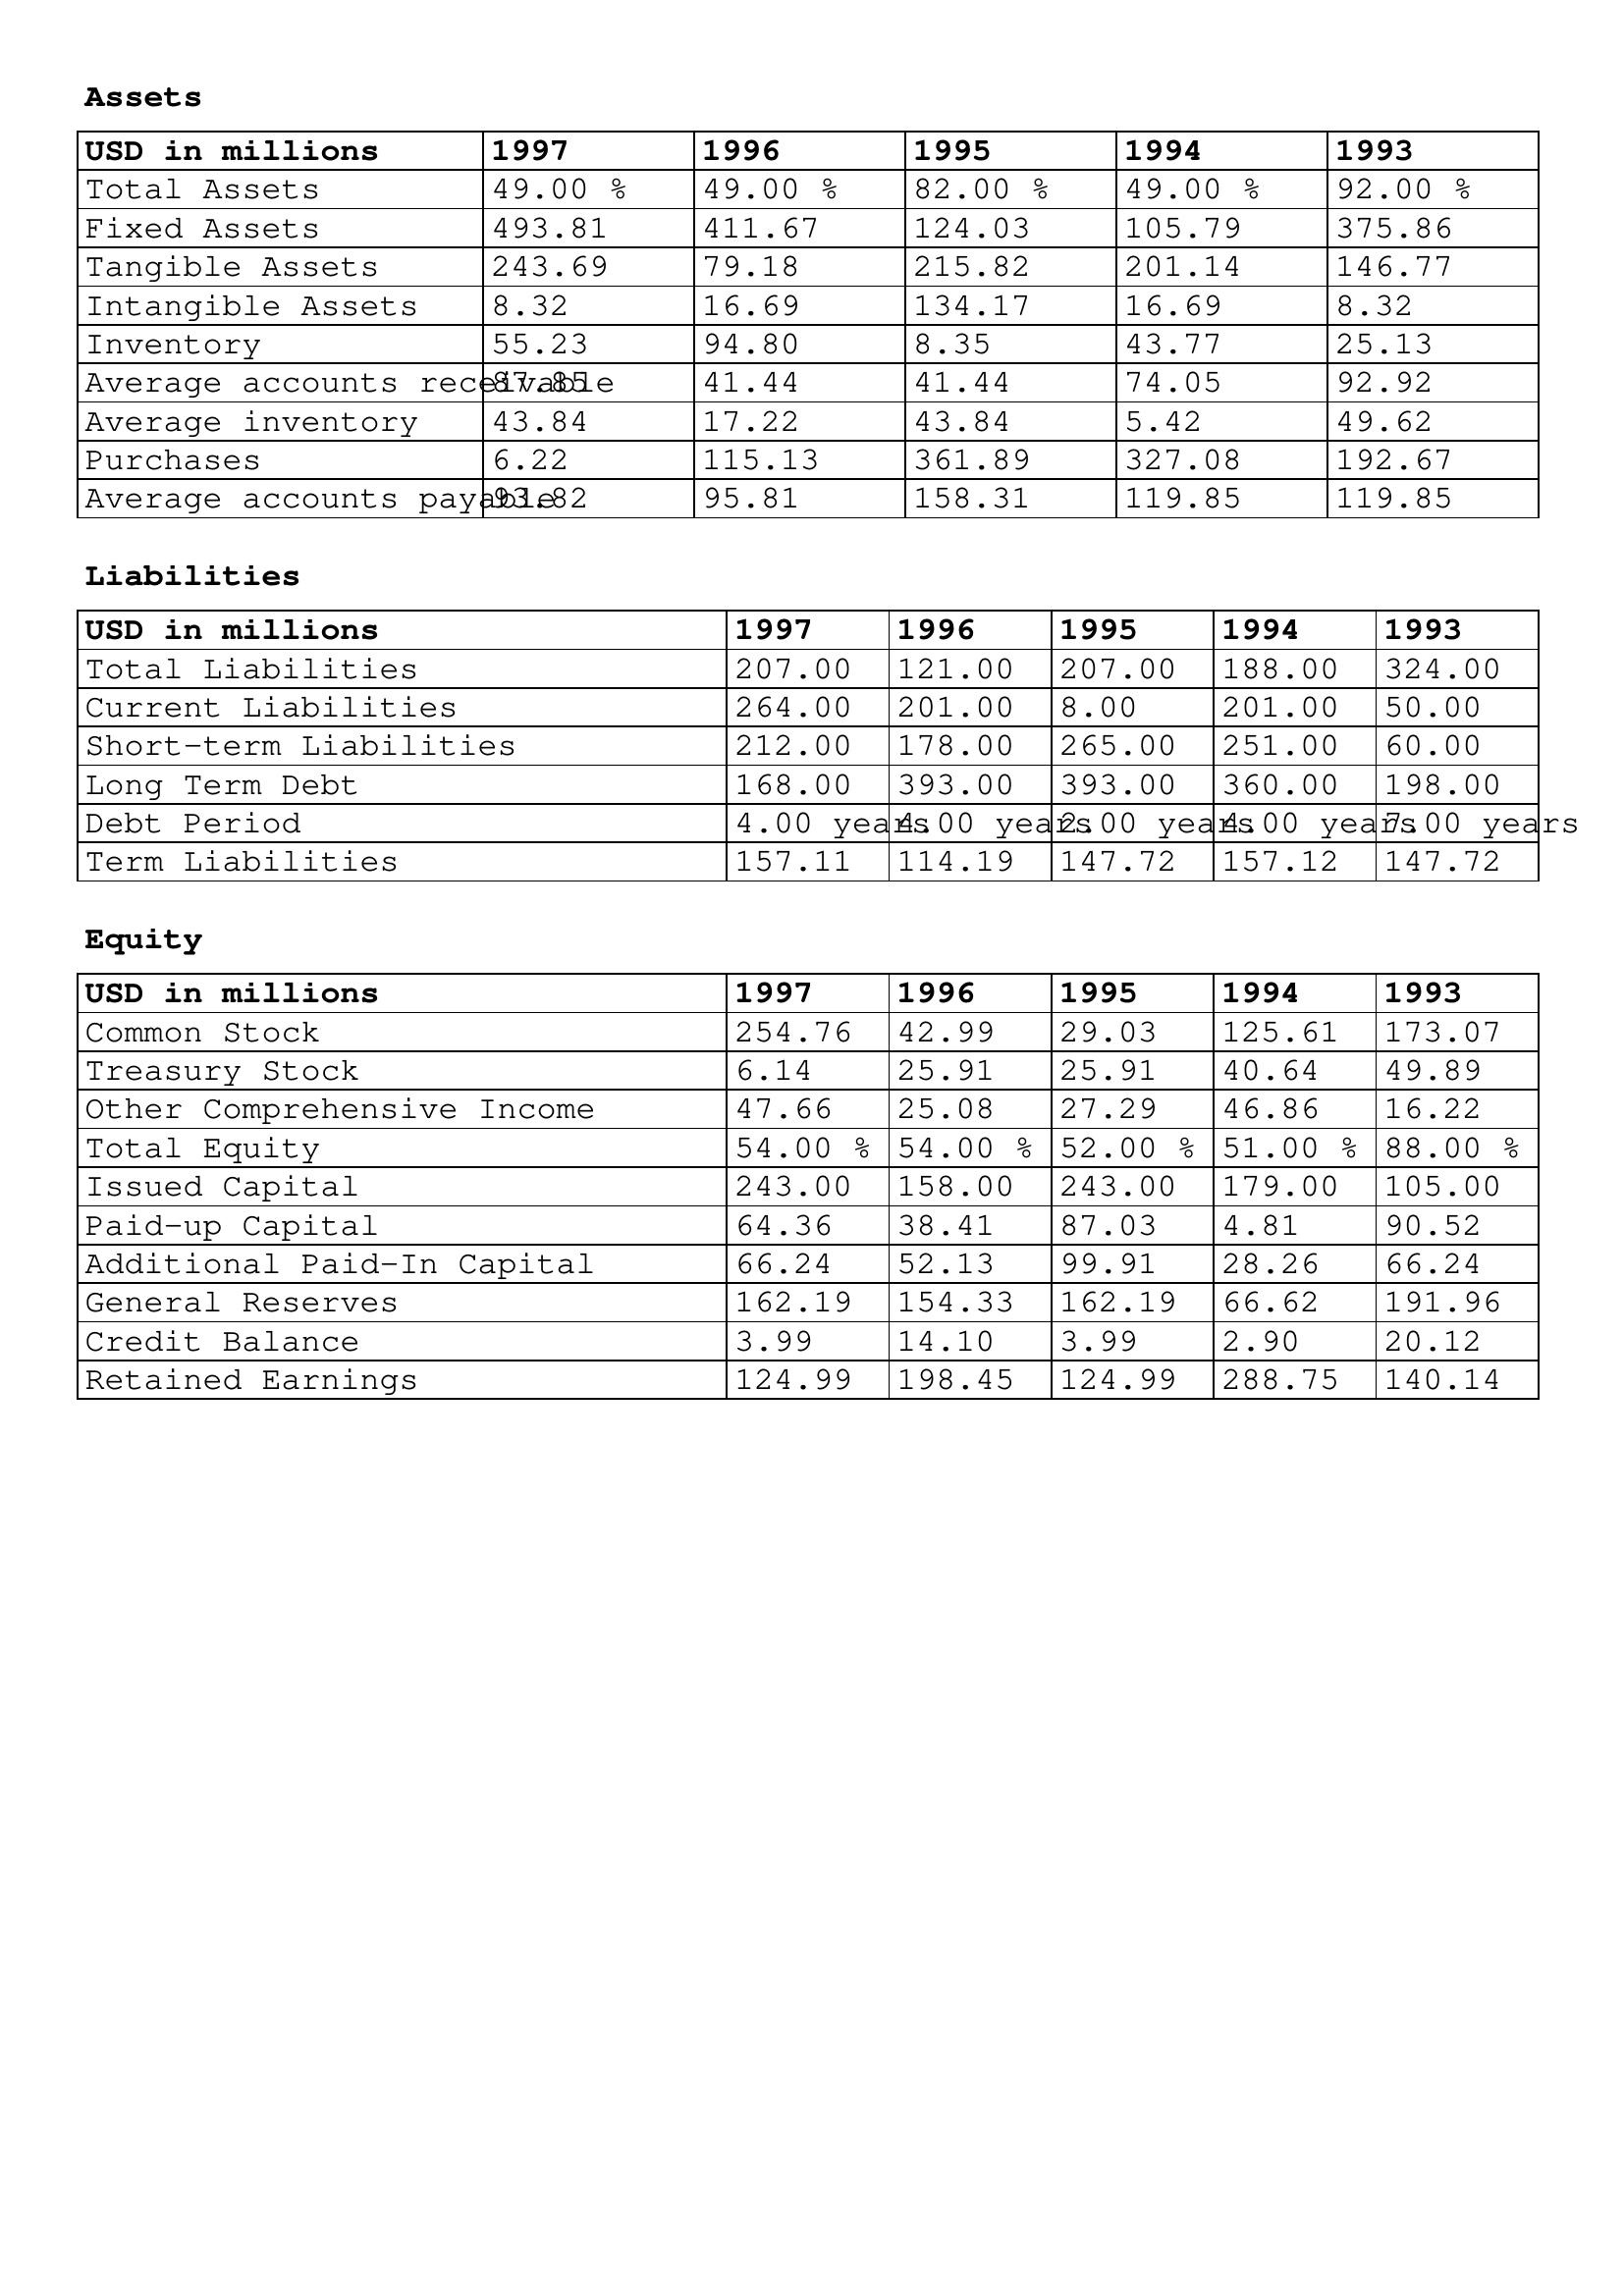
gt_parse: 1997: Assets: Total Assets: 49.00 %
Fixed Assets: 493.81
Tangible Assets: 243.69
Intangible Assets: 8.32
Inventory: 55.23
Average accounts receivable: 87.85
Average inventory: 43.84
Purchases: 6.22
Average accounts payable: 93.82
Liabilities: Total Liabilities: 207.00
Current Liabilities: 264.00
Short-term Liabilities: 212.00
Long Term Debt: 168.00
Debt Period: 4.00 years
Term Liabilities: 157.11
Equity: Common Stock: 254.76
Treasury Stock: 6.14
Other Comprehensive Income: 47.66
Total Equity: 54.00 %
Issued Capital: 243.00
Paid-up Capital: 64.36
Additional Paid-In Capital: 66.24
General Reserves: 162.19
Credit Balance: 3.99
Retained Earnings: 124.99
1996: Assets: Total Assets: 49.00 %
Fixed Assets: 411.67
Tangible Assets: 79.18
Intangible Assets: 16.69
Inventory: 94.80
Average accounts receivable: 41.44
Average inventory: 17.22
Purchases: 115.13
Average accounts payable: 95.81
Liabilities: Total Liabilities: 121.00
Current Liabilities: 201.00
Short-term Liabilities: 178.00
Long Term Debt: 393.00
Debt Period: 4.00 years
Term Liabilities: 114.19
Equity: Common Stock: 42.99
Treasury Stock: 25.91
Other Comprehensive Income: 25.08
Total Equity: 54.00 %
Issued Capital: 158.00
Paid-up Capital: 38.41
Additional Paid-In Capital: 52.13
General Reserves: 154.33
Credit Balance: 14.10
Retained Earnings: 198.45
1995: Assets: Total Assets: 82.00 %
Fixed Assets: 124.03
Tangible Assets: 215.82
Intangible Assets: 134.17
Inventory: 8.35
Average accounts receivable: 41.44
Average inventory: 43.84
Purchases: 361.89
Average accounts payable: 158.31
Liabilities: Total Liabilities: 207.00
Current Liabilities: 8.00
Short-term Liabilities: 265.00
Long Term Debt: 393.00
Debt Period: 2.00 years
Term Liabilities: 147.72
Equity: Common Stock: 29.03
Treasury Stock: 25.91
Other Comprehensive Income: 27.29
Total Equity: 52.00 %
Issued Capital: 243.00
Paid-up Capital: 87.03
Additional Paid-In Capital: 99.91
General Reserves: 162.19
Credit Balance: 3.99
Retained Earnings: 124.99
1994: Assets: Total Assets: 49.00 %
Fixed Assets: 105.79
Tangible Assets: 201.14
Intangible Assets: 16.69
Inventory: 43.77
Average accounts receivable: 74.05
Average inventory: 5.42
Purchases: 327.08
Average accounts payable: 119.85
Liabilities: Total Liabilities: 188.00
Current Liabilities: 201.00
Short-term Liabilities: 251.00
Long Term Debt: 360.00
Debt Period: 4.00 years
Term Liabilities: 157.12
Equity: Common Stock: 125.61
Treasury Stock: 40.64
Other Comprehensive Income: 46.86
Total Equity: 51.00 %
Issued Capital: 179.00
Paid-up Capital: 4.81
Additional Paid-In Capital: 28.26
General Reserves: 66.62
Credit Balance: 2.90
Retained Earnings: 288.75
1993: Assets: Total Assets: 92.00 %
Fixed Assets: 375.86
Tangible Assets: 146.77
Intangible Assets: 8.32
Inventory: 25.13
Average accounts receivable: 92.92
Average inventory: 49.62
Purchases: 192.67
Average accounts payable: 119.85
Liabilities: Total Liabilities: 324.00
Current Liabilities: 50.00
Short-term Liabilities: 60.00
Long Term Debt: 198.00
Debt Period: 7.00 years
Term Liabilities: 147.72
Equity: Common Stock: 173.07
Treasury Stock: 49.89
Other Comprehensive Income: 16.22
Total Equity: 88.00 %
Issued Capital: 105.00
Paid-up Capital: 90.52
Additional Paid-In Capital: 66.24
General Reserves: 191.96
Credit Balance: 20.12
Retained Earnings: 140.14